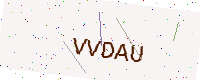
Text: VVDAU